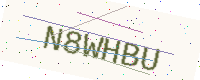
Text: N8WHBU